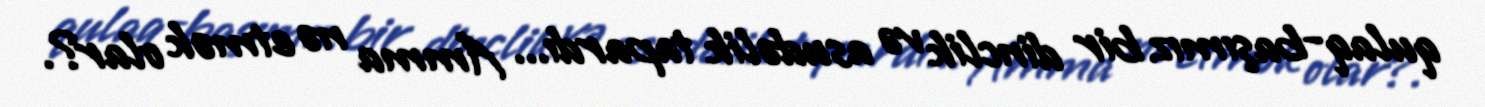
qulaq-başımız bir dinclik və asudəlik tapardı... Amma nə etmək olar?.